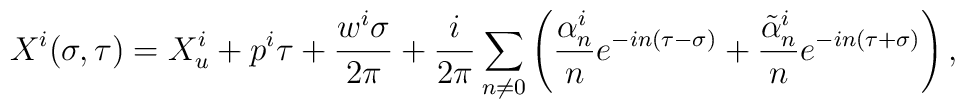
X^i(\sigma, \tau)= X^i_u+ p^i \tau + \frac{w^i \sigma}{2 \pi} + \frac{i}{2 \pi} \sum_{n \neq 0}\left( \frac{\alpha_n^i}{n} e^{-in(\tau - \sigma)} +\frac{{\tilde \alpha}_n^i}{n} e^{-in(\tau  + \sigma)}\right),